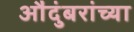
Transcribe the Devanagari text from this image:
औंदुंबरांच्या